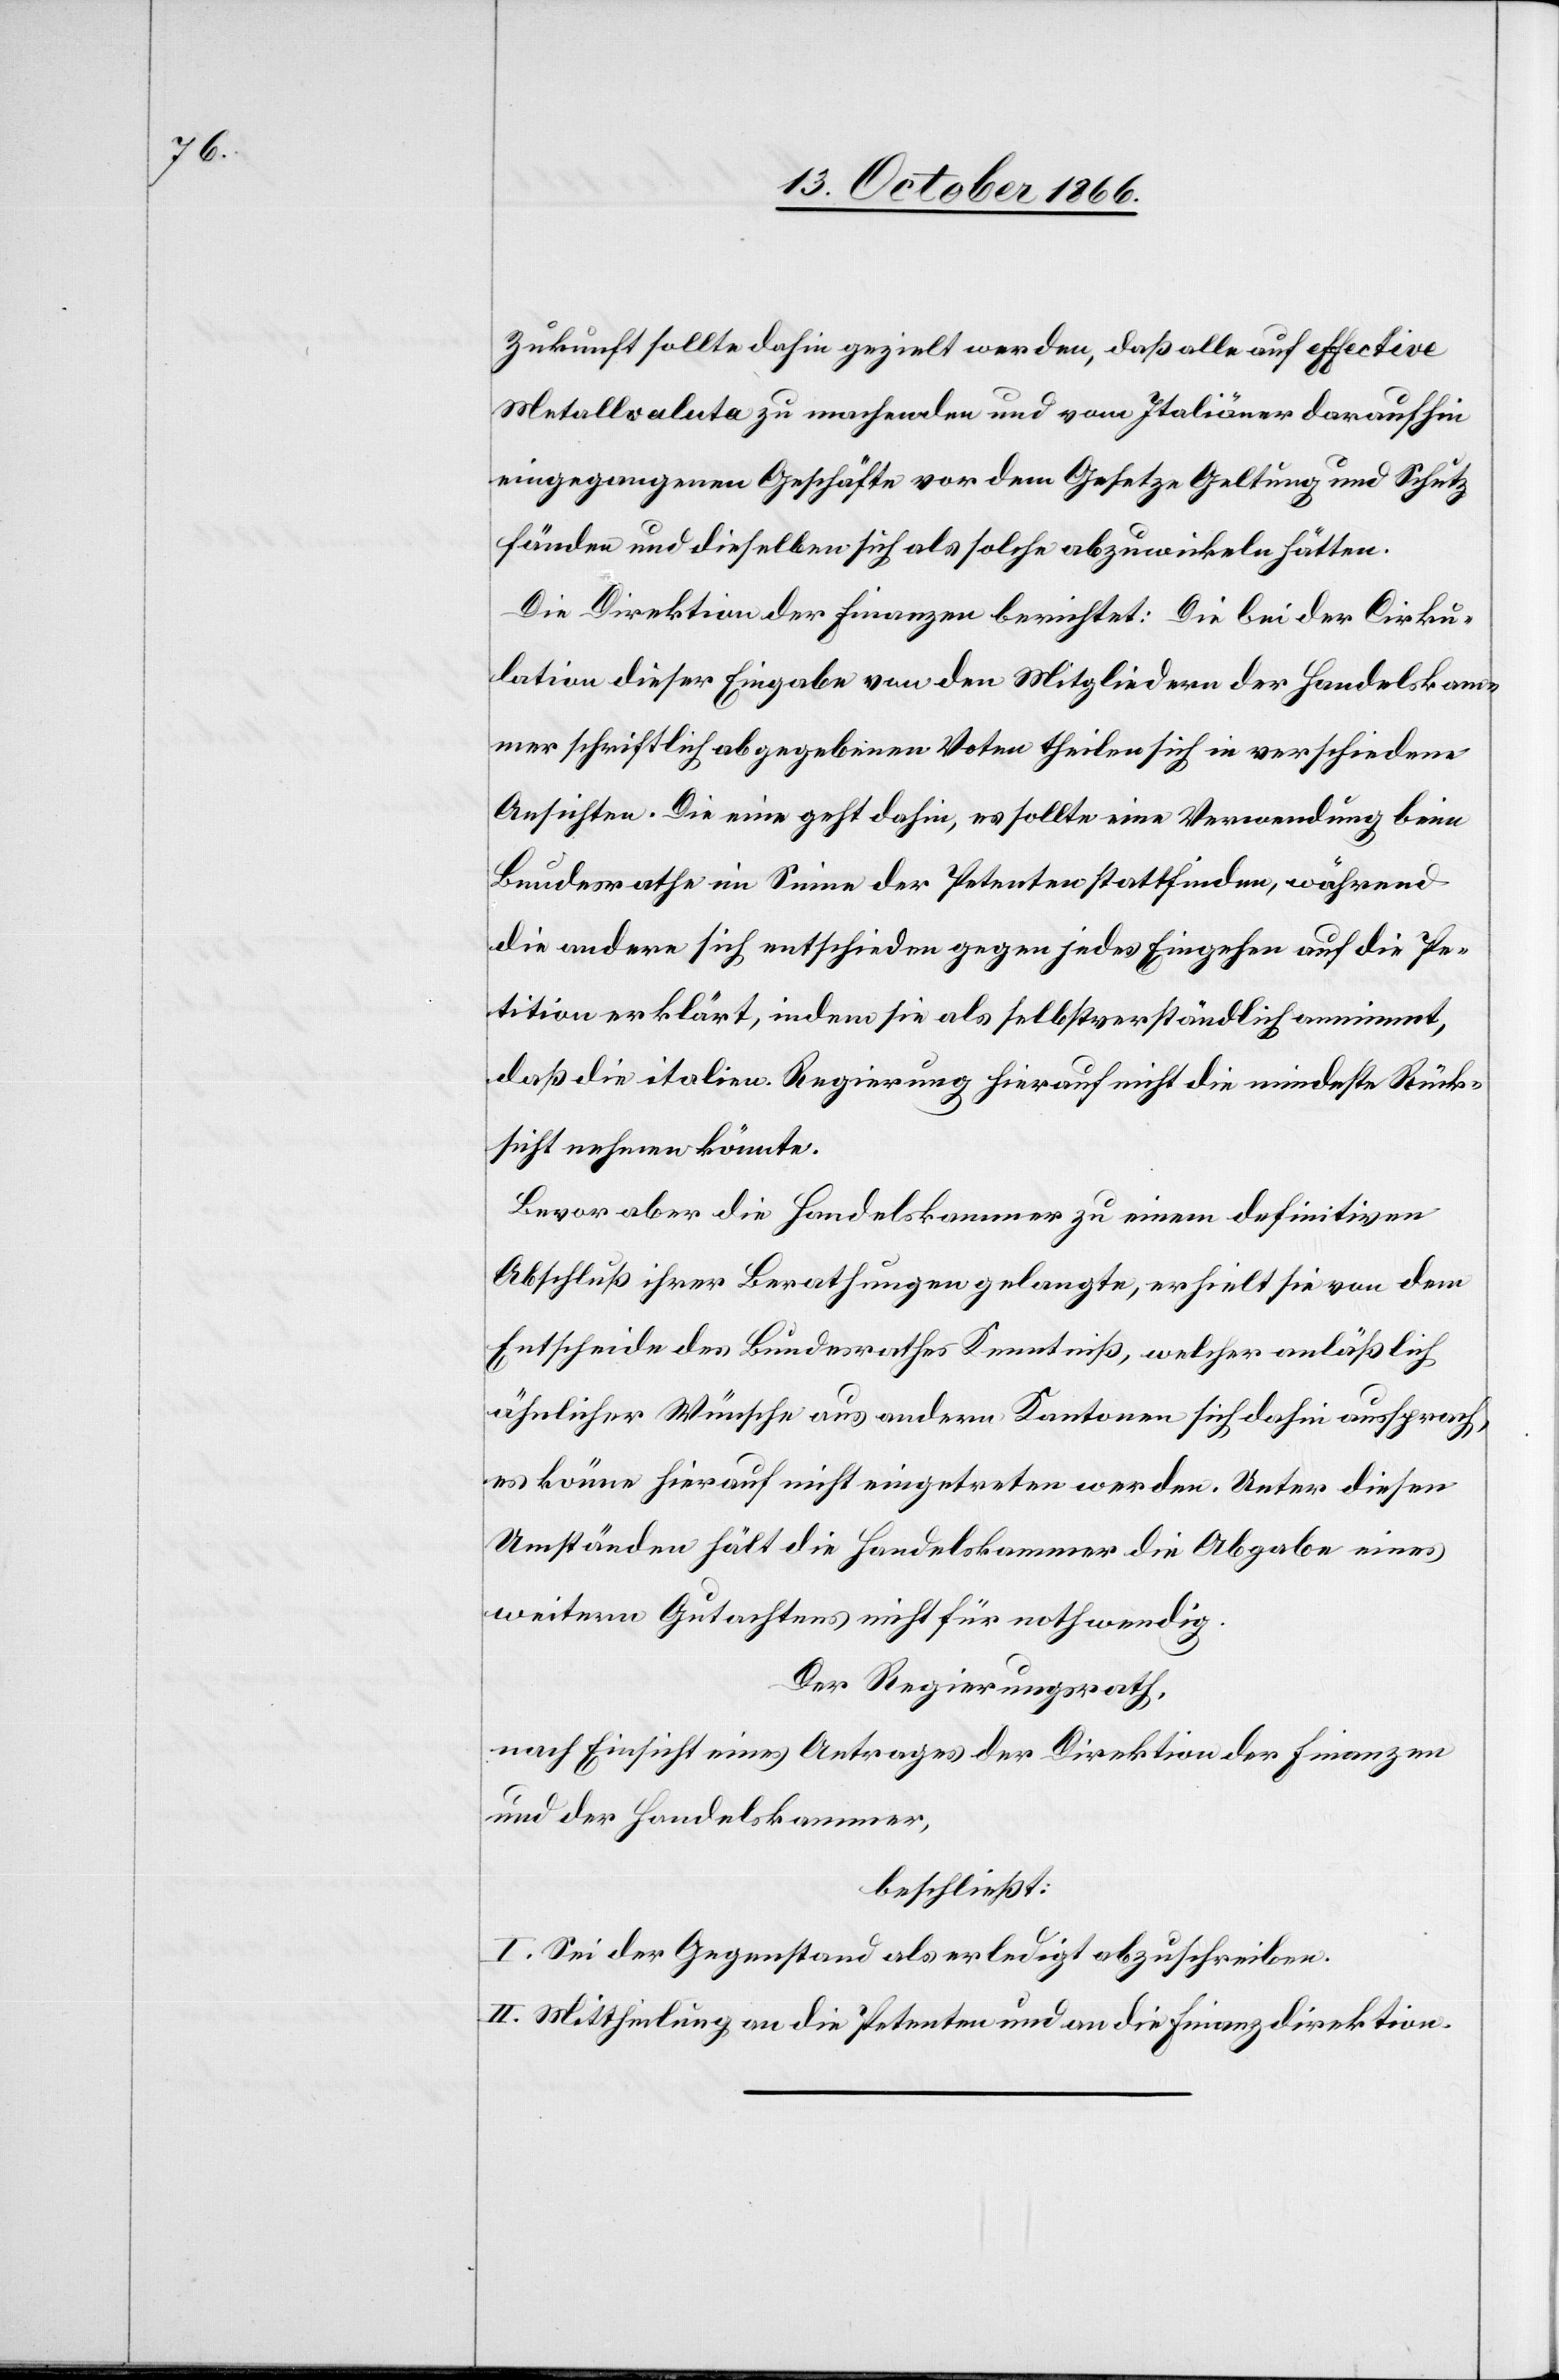
Zukunft sollte dahin gezielt werden, daß alle auf effective
Metallvaluta zu machenden und vom Italiäner daraufhin
eingegangenen Geschäfte vor dem Gesetze Geltung und Schutz
fänden und dieselben sich als solche abzuwickeln hätten.
Die Direktion der Finanzen berichtet: Die bei der Cirku¬
lation dieser Eingabe von den Mitgliedern der Handelskam¬
mer schriftlich abgegebenen Voten theilen sich in verschiedene
Ansichten. Die eine geht dahin, es sollte eine Verwendung beim
Bundesrathe im Sinne der Petenten stattfinden, während
die andere sich entschieden gegen jedes Eingehen auf die Pe¬
tition erklärt, indem sie als selbstverständlich annimmt,
daß die italien. Regierung hierauf nicht die mindeste Rück¬
sicht nehmen könnte.
Bevor aber die Handelskammer zu einem definitiven
Abschluß ihrer Berathungen gelangte, erhielt sie von dem
Entscheide des Bundesrathes Kenntniß, welcher anläßlich
ähnlicher Wünsche aus andern Kantonen sich dahin aussprach,
es könne hierauf nicht eingetreten werden. Unter diesen
Umständen hält die Handelskammer die Abgabe eines
weitern Gutachtens nicht für nothwendig.
Der Regierungsrath,
nach Einsicht eines Antrages der Direktion der Finanzen
und der Handelskammer,
beschließt:
I. Sei der Gegenstand als erledigt abzuschreiben.
II. Mittheilung an die Petenten und an die Finanzdirektion.